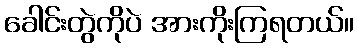
ခေါင်းတွဲကိုပဲ အားကိုးကြရတယ်။